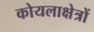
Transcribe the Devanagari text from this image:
कोयलाक्षेत्रों